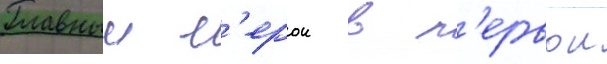
Главныи г'ерои в п'ервои